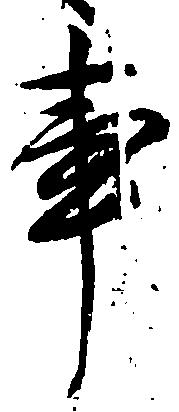
事